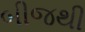
બીજથી